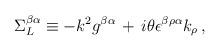
LaTeX: \begin{align*}\Sigma^{\beta \alpha}_L \equiv - k^{2} g^{\beta \alpha}\,+\,i \theta \epsilon^{\beta \rho \alpha} k_{\rho}\,,\end{align*}